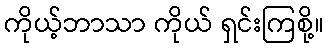
ကိုယ့်ဘာသာ ကိုယ် ရှင်းကြစို့။